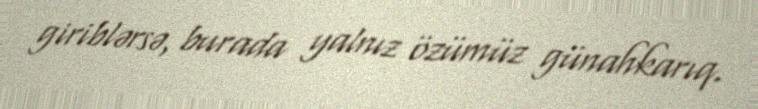
giriblərsə, burada yalnız özümüz günahkarıq.